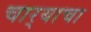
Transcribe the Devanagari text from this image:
चार्‍याचा